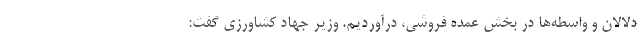
دلالان و واسطه‌ها در بخش عمده فروشی، درآوردیم. وزیر جهاد کشاورزی گفت: